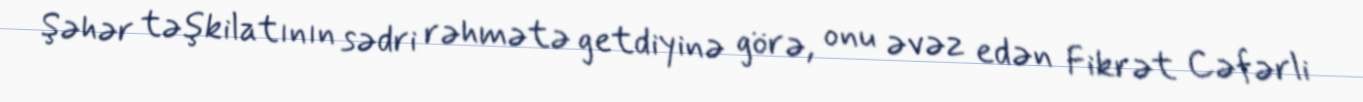
Şəhər təşkilatının sədri rəhmətə getdiyinə görə, onu əvəz edən Fikrət Cəfərli